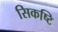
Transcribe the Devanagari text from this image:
सिकष्टि